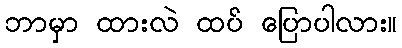
ဘာမှာ ထားလဲ ထပ် ပြောပါလား။